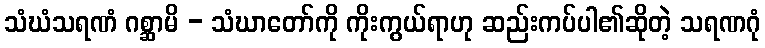
သံဃံသရဏံ ဂစ္ဆာမိ - သံဃာတော်ကို ကိုးကွယ်ရာဟု ဆည်းကပ်ပါ၏ဆိုတဲ့ သရဏဂုံ